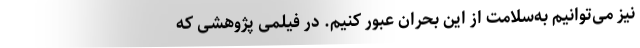
نیز می‌توانیم به‌سلامت از این بحران عبور کنیم. در فیلمی پژوهشی که